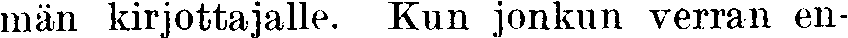
män kirjottajalle. Kun jonkun verran en-